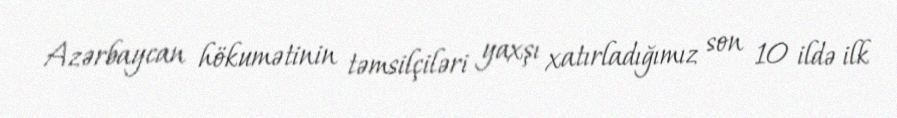
Azərbaycan hökumətinin təmsilçiləri yaxşı xatırladığımız son 10 ildə ilk